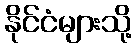
နိုင်ငံများသို့